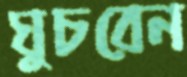
ঘুচবেন